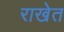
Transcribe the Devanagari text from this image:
राखेत